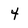
Character: 4